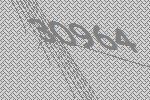
30964